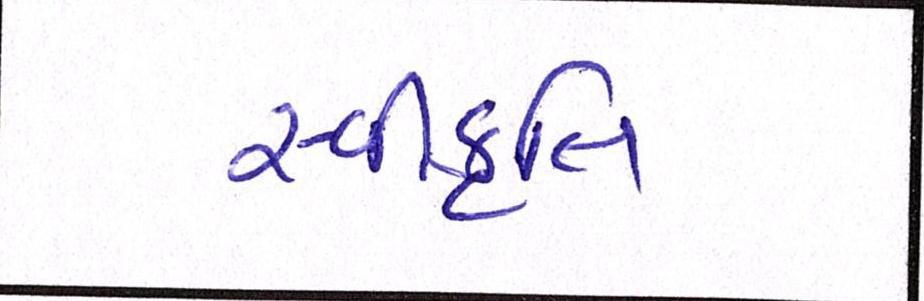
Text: સ્વીકૃતિ